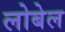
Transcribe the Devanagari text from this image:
लोबेल